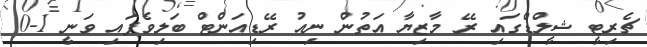
ޗެރިޓީ ޝީލްޑްގައި ރޭ މާޒިޔާ އަތުން ނިއު ރޭޑިއަންޓް ބަލިވެފައި ވަނީ 1-0